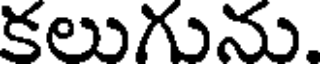
కలుగును.